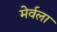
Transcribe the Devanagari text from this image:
मेर्वला